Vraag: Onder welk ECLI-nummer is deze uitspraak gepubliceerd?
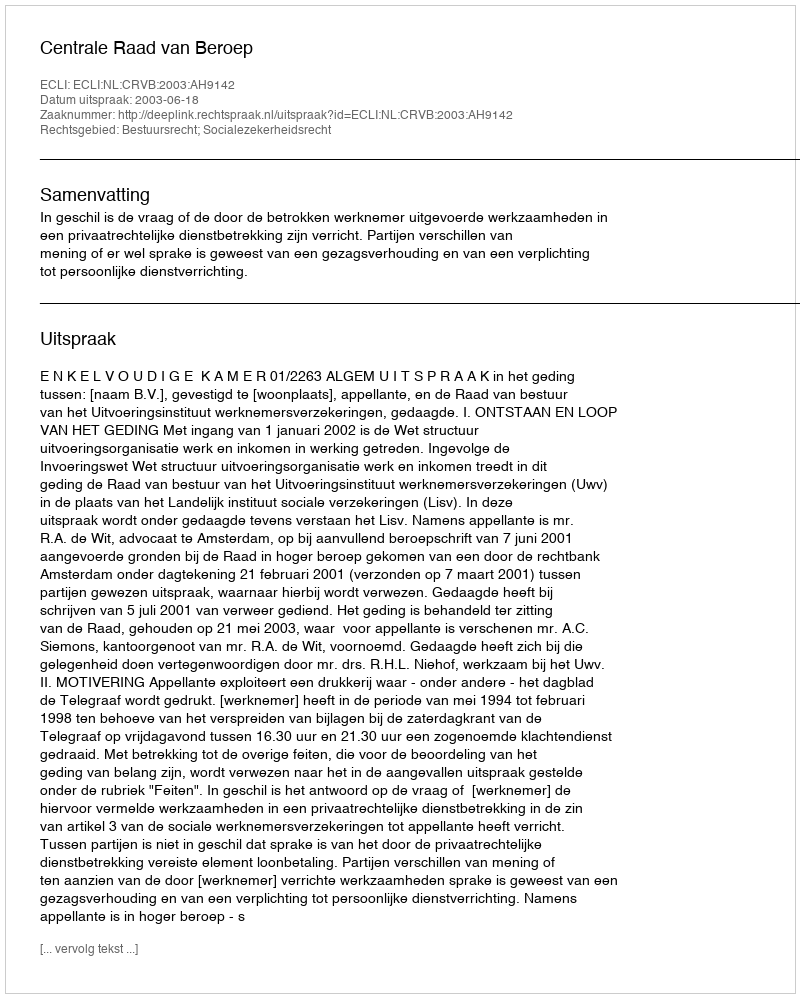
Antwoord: ECLI:NL:CRVB:2003:AH9142